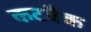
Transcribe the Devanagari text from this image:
कटबैक